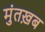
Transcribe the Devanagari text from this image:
मुंतख़ब